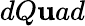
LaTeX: dQ\mathbf{u}ad